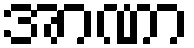
အာဏာ